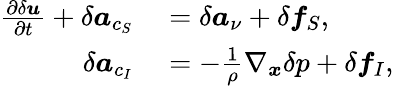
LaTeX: \begin{array}{rl}{\frac{\partial\delta\boldsymbol{u}}{\partial t}+\delta\boldsymbol{a}_{c_{S}}}&{{}=\delta\boldsymbol{a}_{\nu}+\delta\boldsymbol{f}_{S},}\\ {\delta\boldsymbol{a}_{c_{I}}}&{{}=-\frac{1}{\rho}\nabla_{\boldsymbol{x}}\delta p+\delta\boldsymbol{f}_{I},}\end{array}